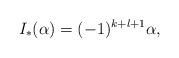
LaTeX: \begin{align*}I_*(\alpha) = (-1)^{k+l+1}\alpha,\end{align*}